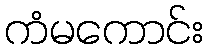
ကံမကောင်း